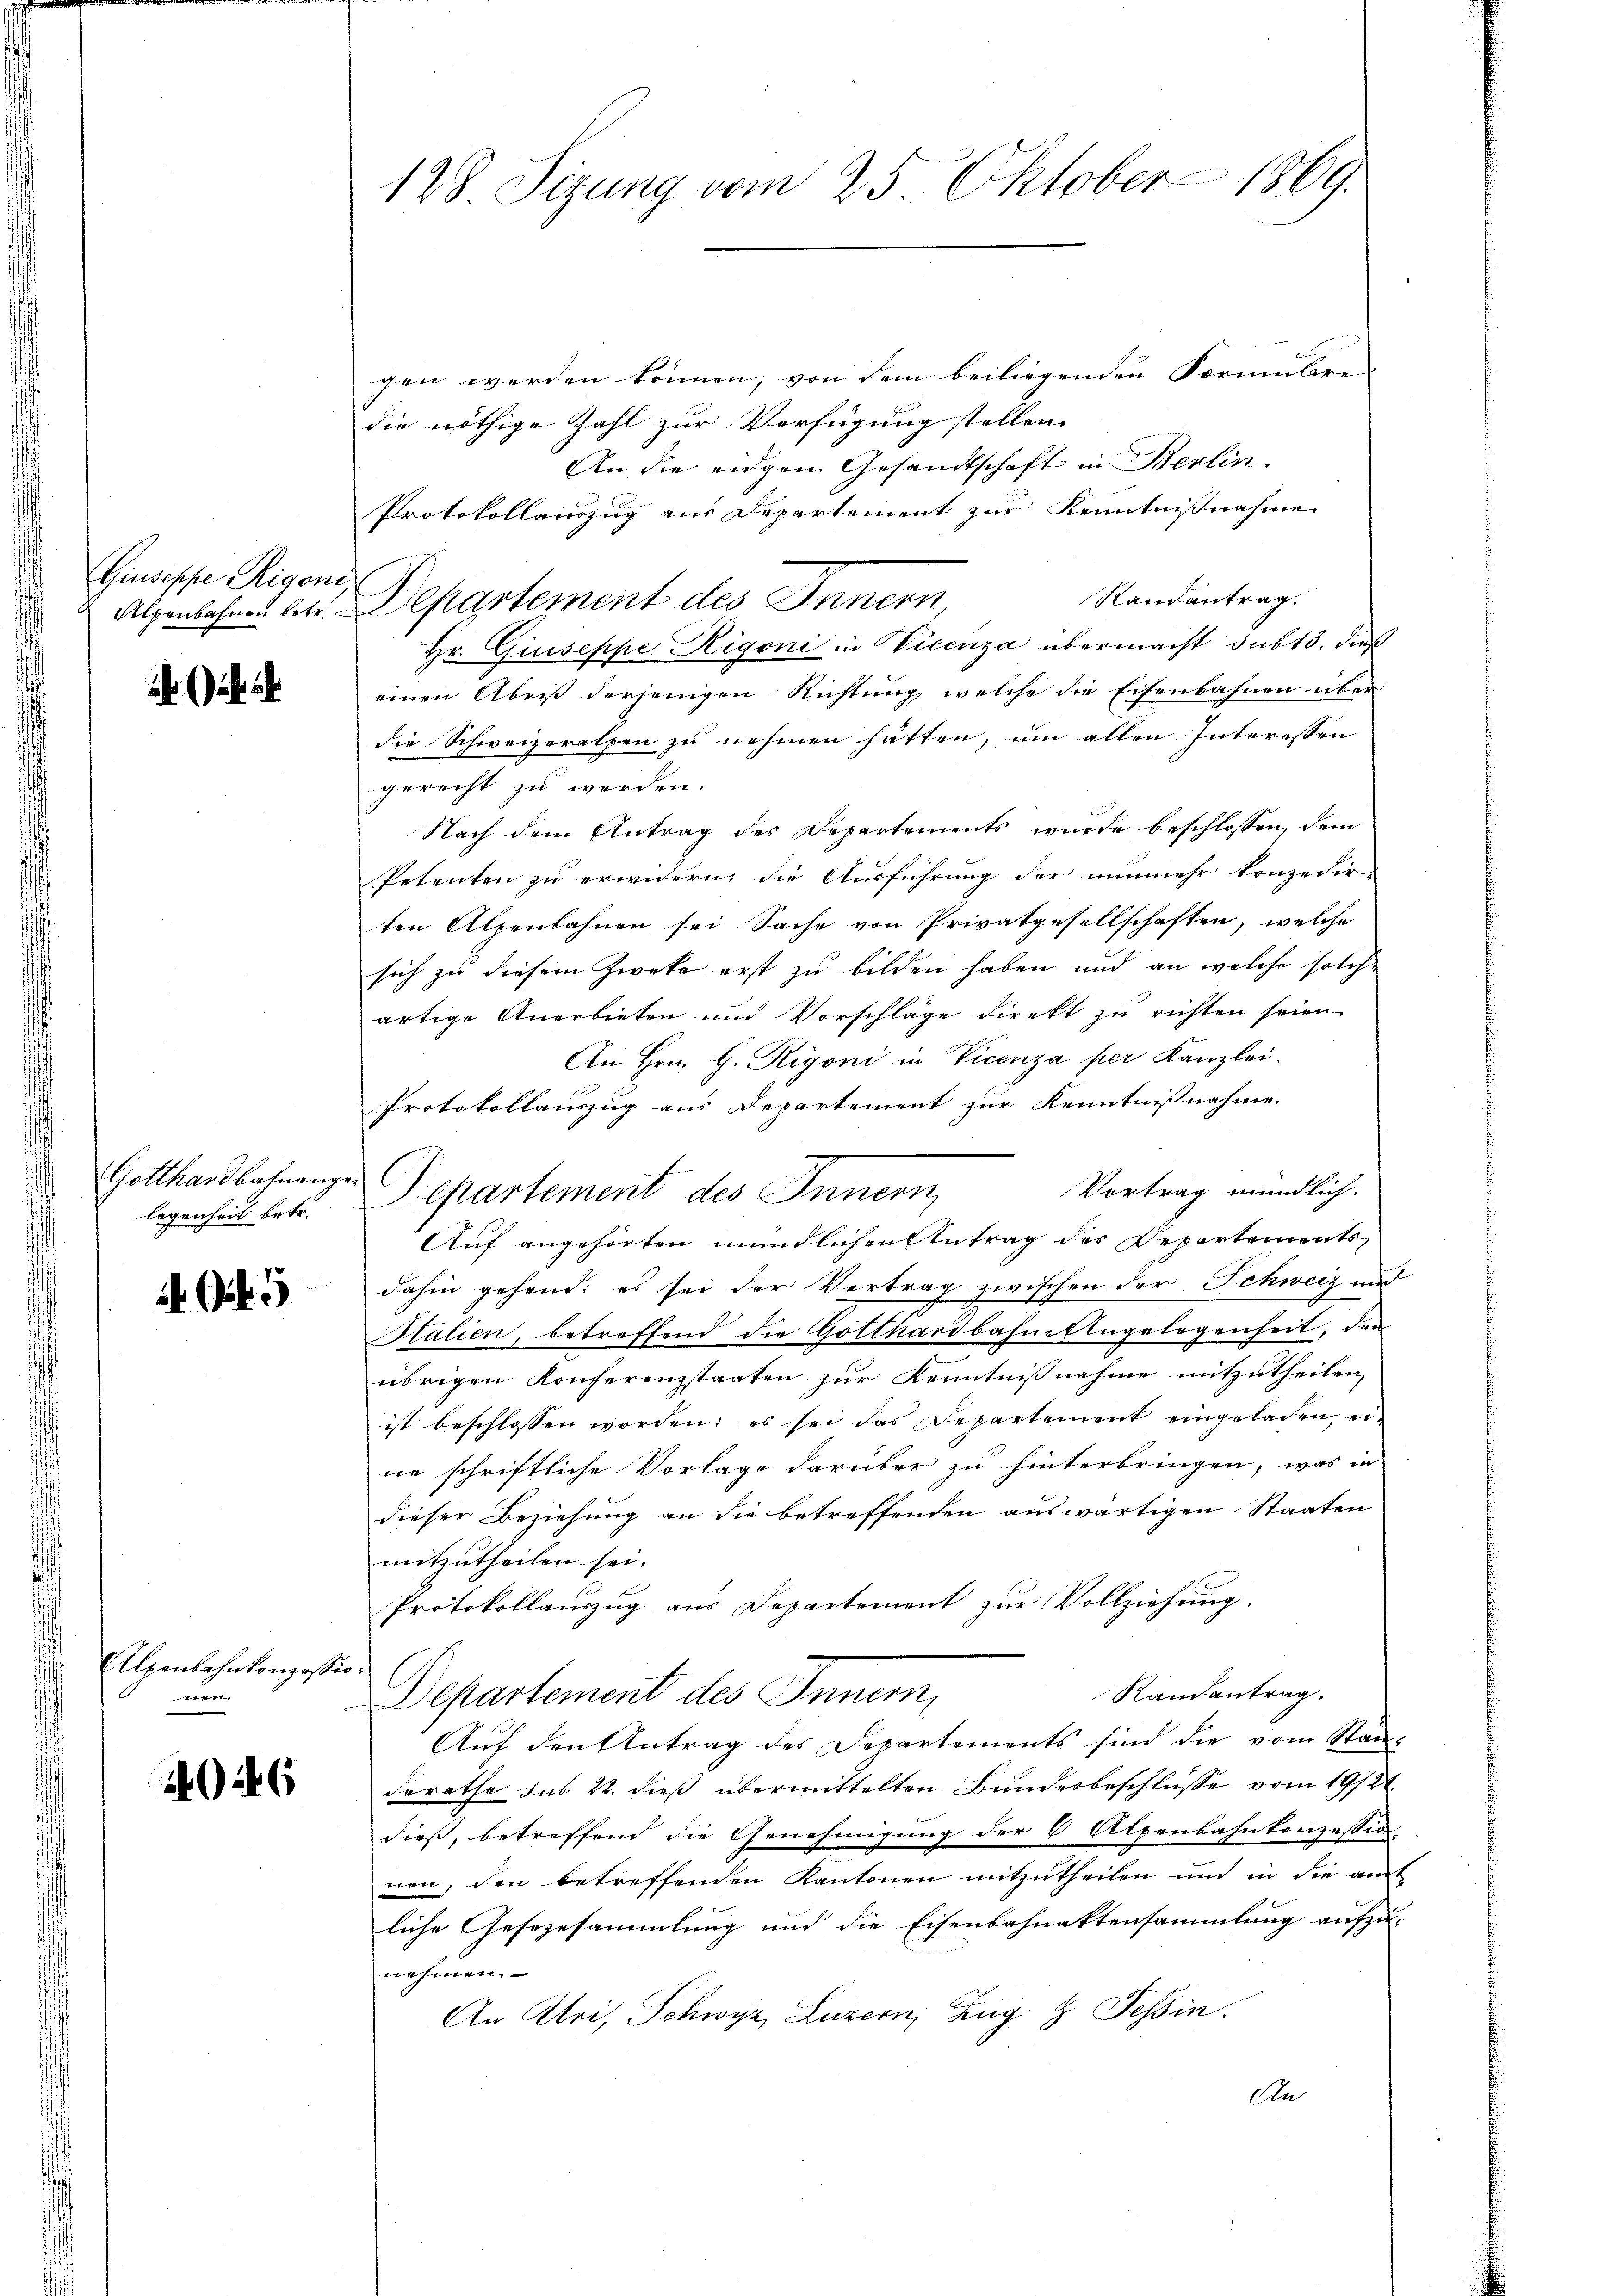
Giuseppe Rigone

Gotthardbahnangen
legenheit betr.

5

Alpenbahnkonzessio
vt fast

246

128 Sizung vom 25. Oktober 1869.

gen werden können, von dem beiliegenden Formulare
die nöthige Zahl zur Verfügung stellen
An die eidgem Gesandtschaft in Berlin.
Protokollauszug aus Departement zur Kenntnisnahme
Randantrag.
Hr. Giuseppe Rigoni in Vicenza übermacht sub 15. dieß
einen Abris derjenigen Richtung welche die Eisenbahnen über
die Schweizeralpen zu nehmen hätten, um allen Interessen
gerecht zu werden.
Nach dem Antrag des Departements wurde beschlossen, dem
Petenten zu erwidern, die Ausführung der nunmehr konzedir-
ten Alpenbahnen sei Sache von Privatgesellschaften, welche
sich zu diesem Zweke erst zu bilden haben und an welche solche
artige Anerbieten und Vorschläge direkt zu richten seien.
An Hrn. G. Rigoni in Vicenza per Kanzlei.
Protokollauszug aus Departement zur Kenntnißnahme.
Vortrag mündlich.
Separtement des Innern,
Auf angehörten mündlichen Antrag des Departements,
dahin gehend: es sei der Vertrag zwischen der Schweiz und
Halien, betreffend die Gotthardbahne Angelegenheit, den
übrigen Konferenzstaaten zur Kenntnisnahme mitzutheilen,
ist beschlossen worden; es sei das Departement eingeladen, ei-
ne schriftliche Vorlage darüber zu hinterbringen, was in
dieser Beziehung an die betreffenden auswärtigen Staaten
mitzutheilen sei.
Protokollauszug aus Departement zur Vollziehung.
Randantrag.
Departement des Innern,
Auf den Antrag des Departements sind die vom Standerathe sub 22. dieß übermittelten Bundesbeschlüsse vom 19/21.
dieß, betreffend die Genehmigung der 6 Alpenbahnkonzessio
nen, den betreffenden Kantonen mitzutheilen und in die amt
liche Gesezesammlung und die Eisenbahnaktensammlung aufzu-
nehmen.
An Uri, Schwyz, Luzern, Zug z. Tessin.
An

Alpenbahnen der Departement des Innern,